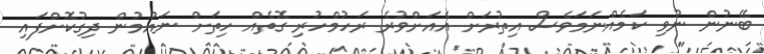
ބޭނުން ނުވި ކަމެއްނަމަވެސް އިތުރަށް އެއަށްވުރެ ރަހުމްހުރި ގޮތެއް ހިތަށް ނައުމުން ދިގުކޮށްފައި